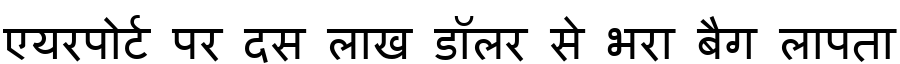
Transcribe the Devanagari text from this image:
एयरपोर्ट पर दस लाख डॉलर से भरा बैग लापता